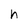
Character: h